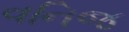
વનિજ